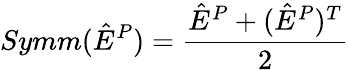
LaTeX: Symm(\hat{E}^{P})=\frac{\hat{E}^{P}+(\hat{E}^{P})^{T}}{2}